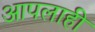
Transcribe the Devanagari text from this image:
आपलाही